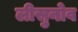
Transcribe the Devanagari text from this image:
लीसुनोव